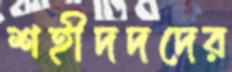
শহীদদদের